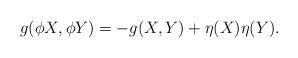
LaTeX: \begin{align*}g(\phi X,\phi Y)=-g(X,Y)+\eta (X)\eta (Y). \end{align*}